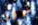
ألفاريز